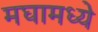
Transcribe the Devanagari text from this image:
मघामध्ये